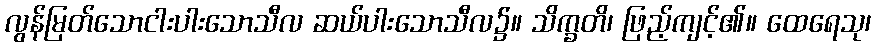
လွန်မြတ်သောငါးပါးသောသီလ ဆယ်ပါးသောသီလ၌။ သိက္ခတိ၊ ဖြည့်ကျင့်၏။ ထေရေသု၊